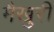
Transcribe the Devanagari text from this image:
मैखुरी